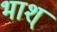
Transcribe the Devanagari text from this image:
भाश्